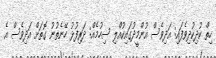
ހިތް ކުދިކުދިވެފައި: އަދިވެސް އުންމީދުގައިކުއްލި ސިހުމެއް: ދަރިފުޅު ހޭނެތުނު ގޮތަށް އަދިވެސް އެ